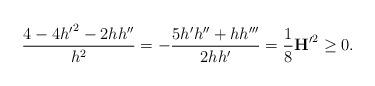
LaTeX: \begin{align*}\frac{4-4{h^\prime}^2-2hh^{\prime\prime}}{h^2}=-\frac{5h^\prime h^{\prime\prime}+hh^{\prime\prime\prime}}{2hh^\prime}=\frac{1}{8}{\textbf{H}^\prime}^2\geq 0.\end{align*}